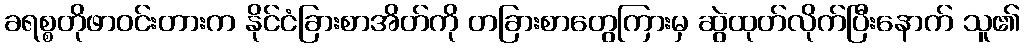
ခရစ္စတိုဖာဝင်းတားက နိုင်ငံခြားစာအိတ်ကို တခြားစာတွေကြားမှ ဆွဲထုတ်လိုက်ပြီးနောက် သူ၏